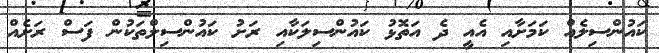
ކައުންސިލެއް ކަމަށާއި އެއީ ދެ އަތޮޅު ކައުންސިލަކާއި ރަށު ކައުންސިލްތަކުން ފަސް ރަށެއް